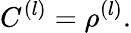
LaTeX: C^{(l)}=\rho^{(l)}.